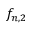
f _ { n , 2 }